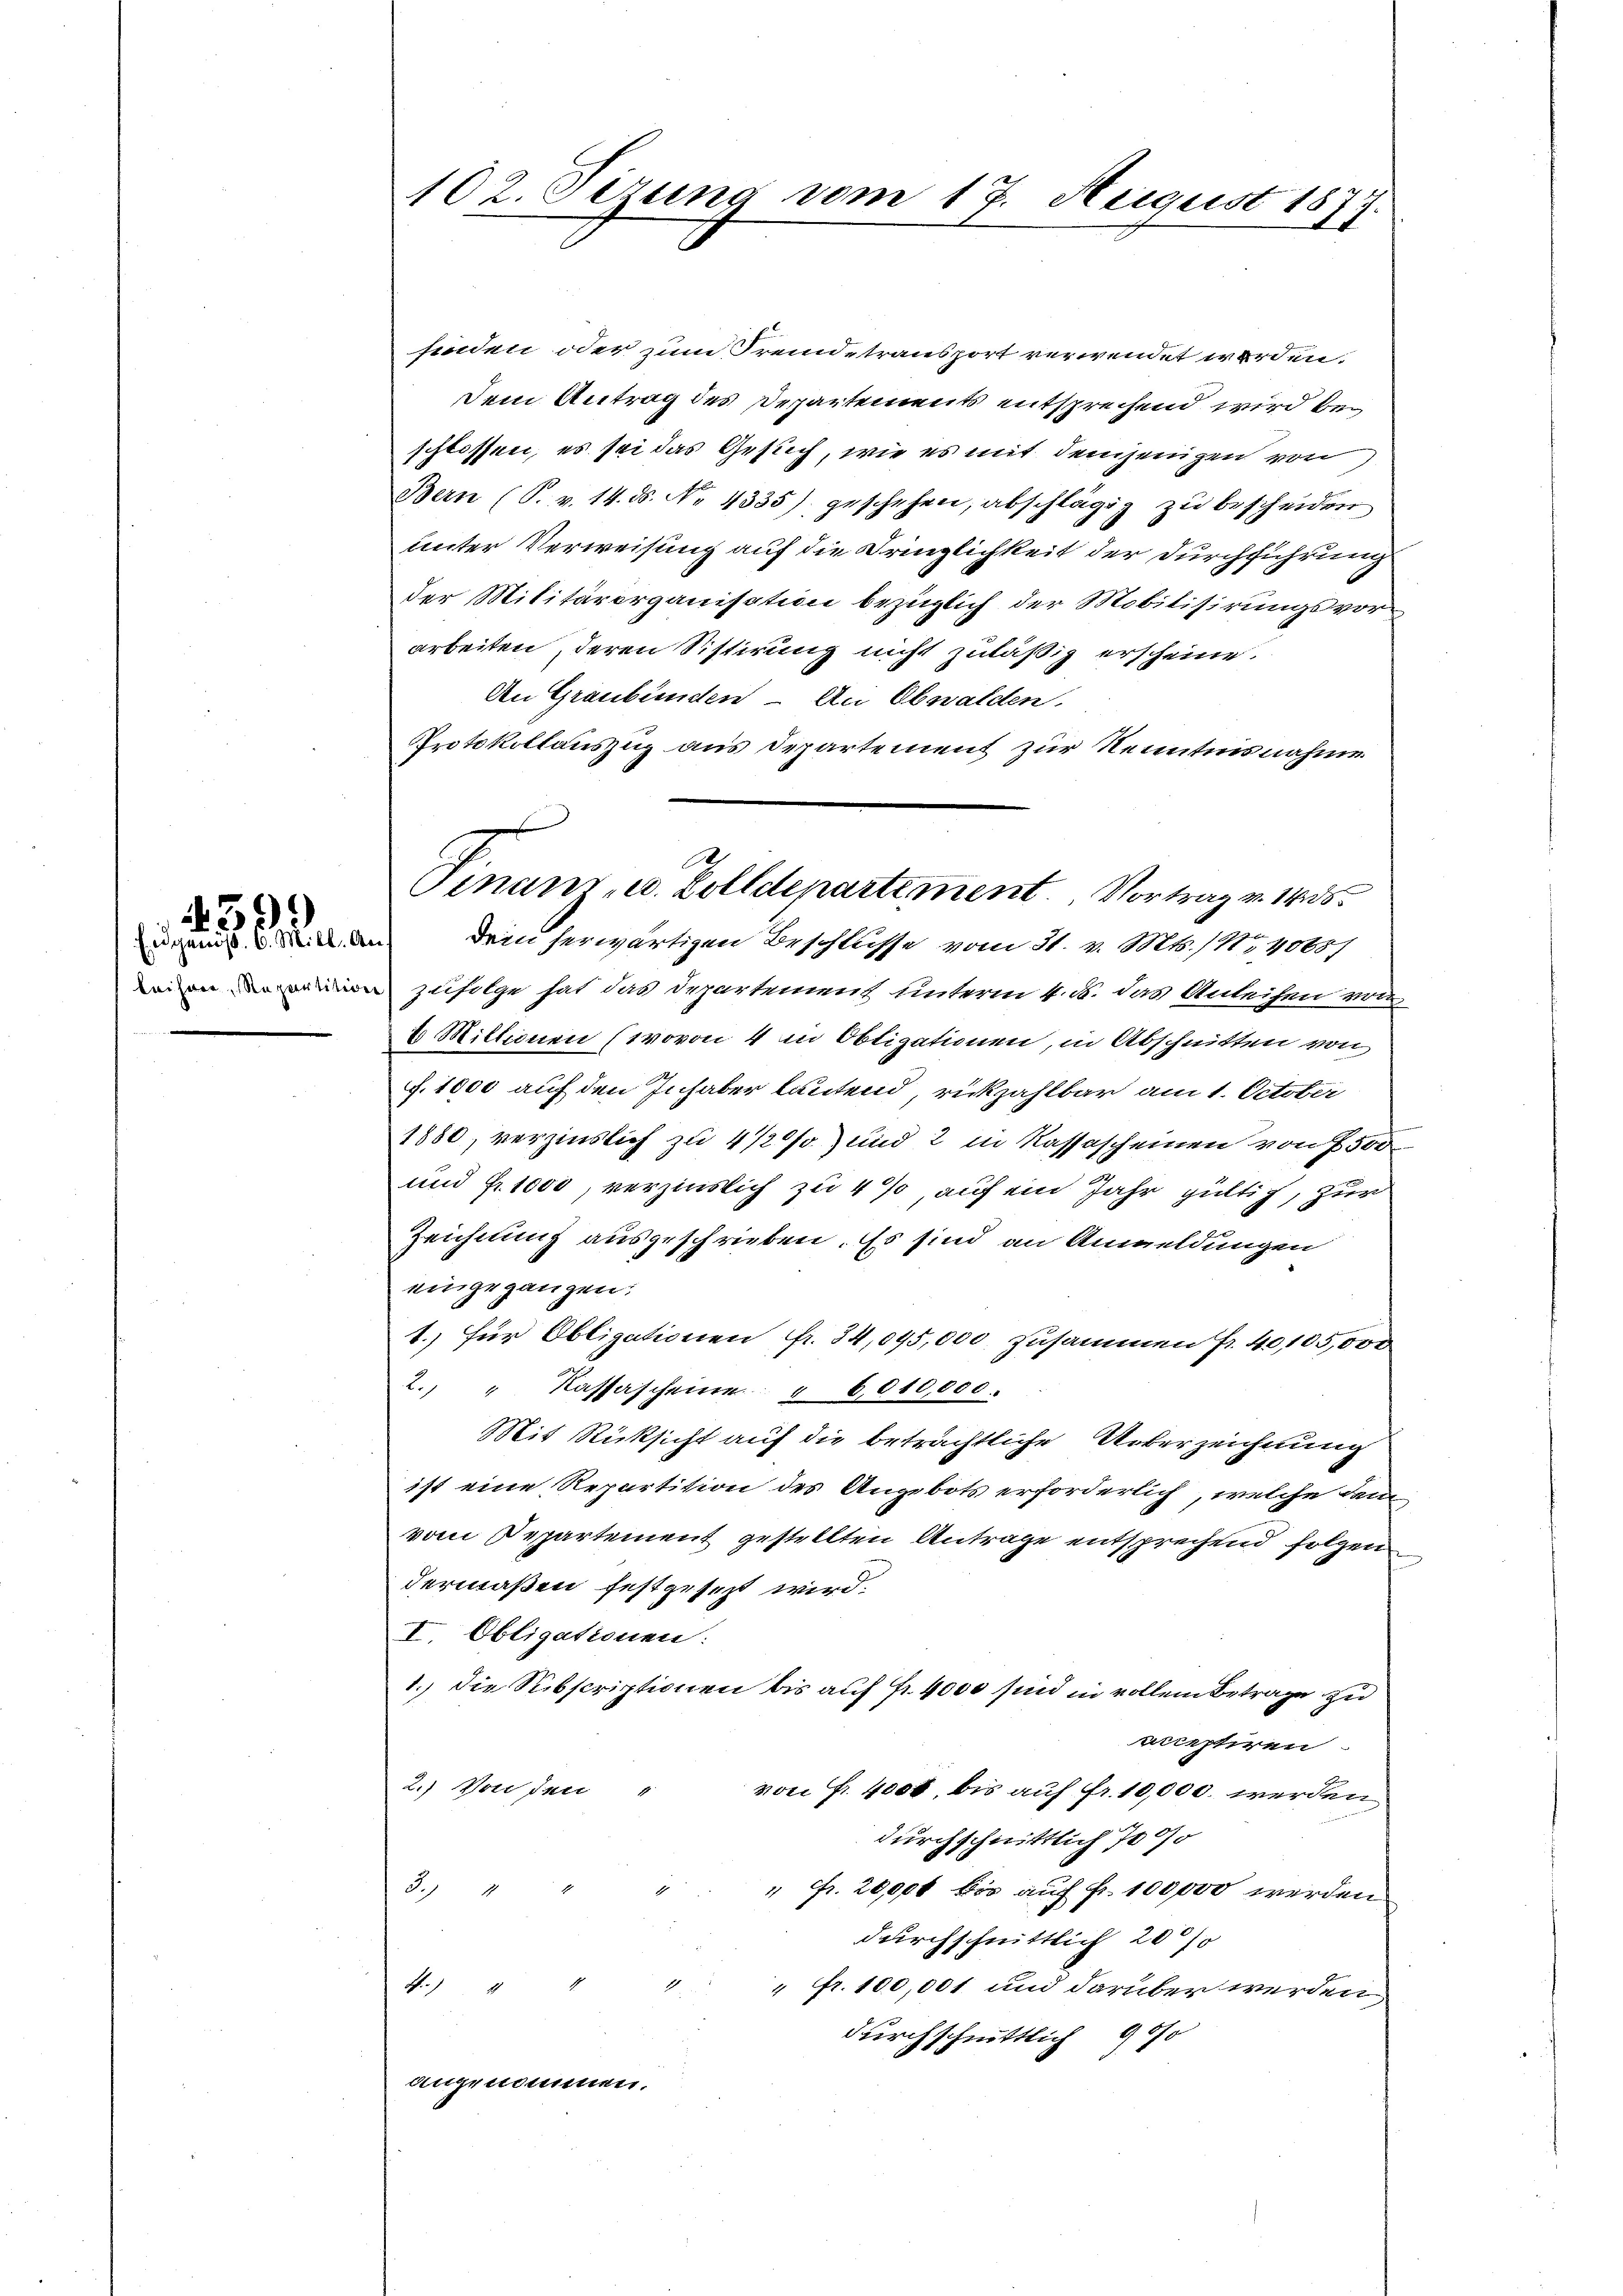
leiherr, Repartition

459
Eidgenöß. 6. Mill. An

102. Sizung vom 17. August 187
f

finden oder zum Fremde transport verwendet werden.
Dem Antrag des Departements entsprechend wird beschlossen, es sei das Gesuch, wie es mit demjenigen von
Bern (S. v. 14. ds. No. 4335) geschehen, abschlägig zu bescheiden
unter Verweisung auf die Dringlichkeit der Durchführung
der Militärorganisation bezüglich der Mobilisirungsvor-
arbeiten, deren Sistirung nicht zuläßig erscheine.
An Graubünden – An Obwalden.
Protokollauszug aus Departement zur Kenntnisnahme
zufolge hat das Departement unterm 4. d. das Anleihen von
2. Millionen (wovon 4 in Obligationen, in Abschnitten von
f. 1000 auf den Inhaber lautend rückzahlbar am 1. October
1880, verzinslich zu 4 1/2% und 2 in Kassascheinen von 7500
und Fr. 1000, verzinslich zu 4% auf ein Jahr gültig, zur
Zeichnung ausgeschrieben. Es sind an Anmeldungen
eingegangen:
1. für Obligationen Fr. 34,045,000 zusammen fr. 40105,000
2. " Kassascheine " 6010,000.
Mit Rücksicht auf die beträchtliche Unterzeichnung
ist eine Repartition des Angebots erforderlich, welche dem
vom Departement gestellten Antrage entsprechend folgen
dermaßen festgesezt wird.
I. Obligationen:
1.) Die Subscriptionen bis auf Fr. 4000 sind in vollem Betrage zu
mastiren.
2.) Von den
von Fr. 4000, bis auf Fr. 10,000. werden
durchschnittlich 7000
3.)
" Fr. 20,000 bis auch Fr. 100,000 werden
.
durchschnittlich 2000
4.) " " " " fr. 100,001 und darüber werden
durchschnittlich 900
angenommen.

2
Finanz- u. Zolldepartement. Vortrag v. 1435
Dein herwärtigen Beschlüsse vom 31. v. Mts. / No 10881/